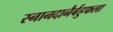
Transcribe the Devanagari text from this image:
स्नानदानैर्बहुफला